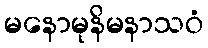
မနောမုနိမနာသဝံ